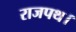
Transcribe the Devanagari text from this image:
राजपथ।